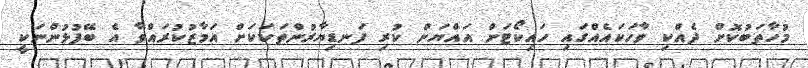
މުހާތަބުކޮށް ދެއްކި ވާހަކައެއްގައި ހައިކޯޓަށް އައްޔަން ކުރި ފަނޑިޔާރުންތަކަކަށް އަމާޒުކުރައްވާ އެ ބޭފުޅުންނަކީ